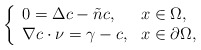
\begin{align*} \left\{\begin{array}{ll}0= \Delta c-\tilde{n}c, &x\in\Omega,\\ \nabla c\cdot \nu= \gamma-c, &x\in\partial\Omega,\end{array}\right.\end{align*}